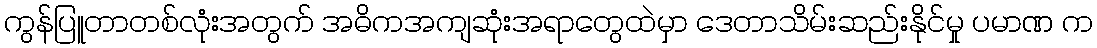
ကွန်ပြူတာတစ်လုံးအတွက် အဓိကအကျဆုံးအရာတွေထဲမှာ ဒေတာသိမ်းဆည်းနိုင်မှု ပမာဏ က